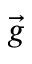
\vec { g }